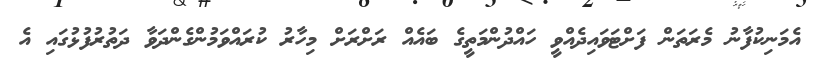
އެމަނިކުފާނު މެރަތަން ފަށްޓަވައިދެއްވީ ހައްދުންމަތީގެ ބައެއް ރަށްރަށް މިހާރު ކުރައްވަމުންގެންދަވާ ދަތުރުފުޅުގައި އެ